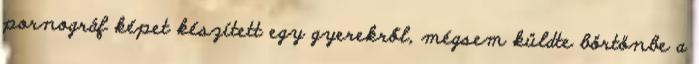
pornográf képet készített egy gyerekről, mégsem küldte börtönbe a